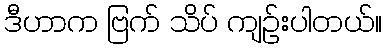
ဒီဟာက ဗြက် သိပ် ကျဉ်းပါတယ်။